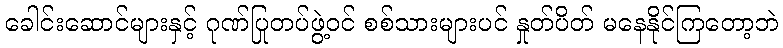
ခေါင်းဆောင်များနှင့် ဂုဏ်ပြုတပ်ဖွဲ့ဝင် စစ်သားများပင် နှုတ်ပိတ် မနေနိုင်ကြတော့ဘဲ